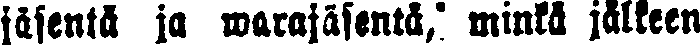
jäsentä ja warajäsentä, minkä jälkeen